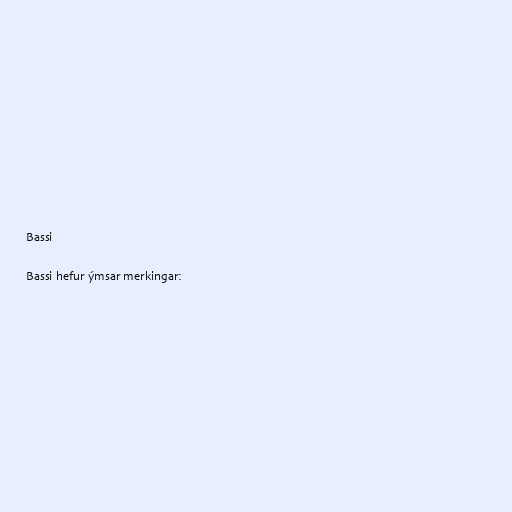
Bassi

Bassi hefur ýmsar merkingar: